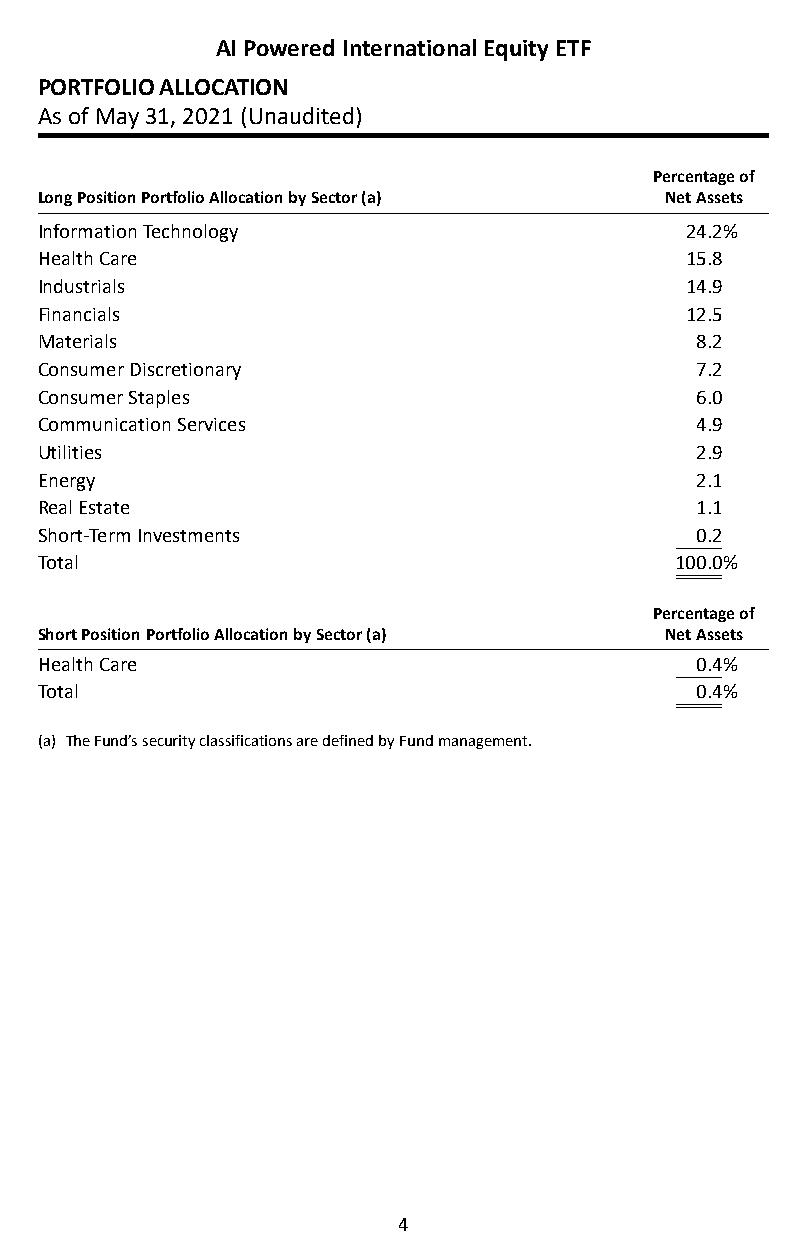
AI Powered International Equity ETF
 PORTFOLIO ALLOCATION
 As of May 31, 2021 (Unaudited)
 Percentage of
 Long Position Portfolio Allocation by Sector (a) Net Assets
 Information Technology                     24�2%
 Health Care                                15�8
 Industrials                                14�9
 Financials                                 12�5
 Materials                                   8�2
 Consumer Discretionary                      7�2
 Consumer Staples                            6�0
 Communication Services                      4�9
 Utilities                                   2�9
 Energy                                      2�1
 Real Estate                                 1�1
 Short-Term Investments                      0�2
 Total                                      100�0%
 Percentage of
 Short Position Portfolio Allocation by Sector (a) Net Assets
 Health Care                                 0�4%
 Total                                       0�4%
 (a) The Fund’s security classifications are defined by Fund management�
 4